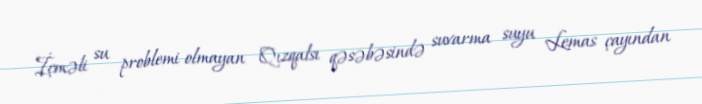
İçməli su problemi olmayan Qızqalsı qəsəbəsində suvarma suyu Lemas çayından